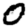
Digit: 0